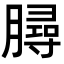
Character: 𣎟